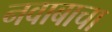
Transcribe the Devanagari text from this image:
नवाबाचा